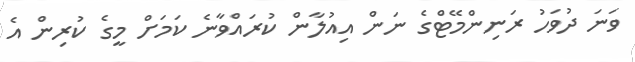
ވަނަ ދުވަހު ރަނިންމޭޓްގެ ނަން އިއުލާން ކުރައްވާނެ ކަމަށް މީގެ ކުރިން އެ